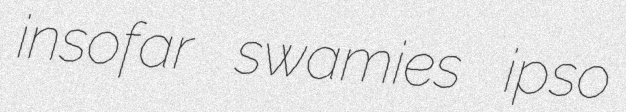
insofar swamies ipso